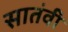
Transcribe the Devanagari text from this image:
सातंवी